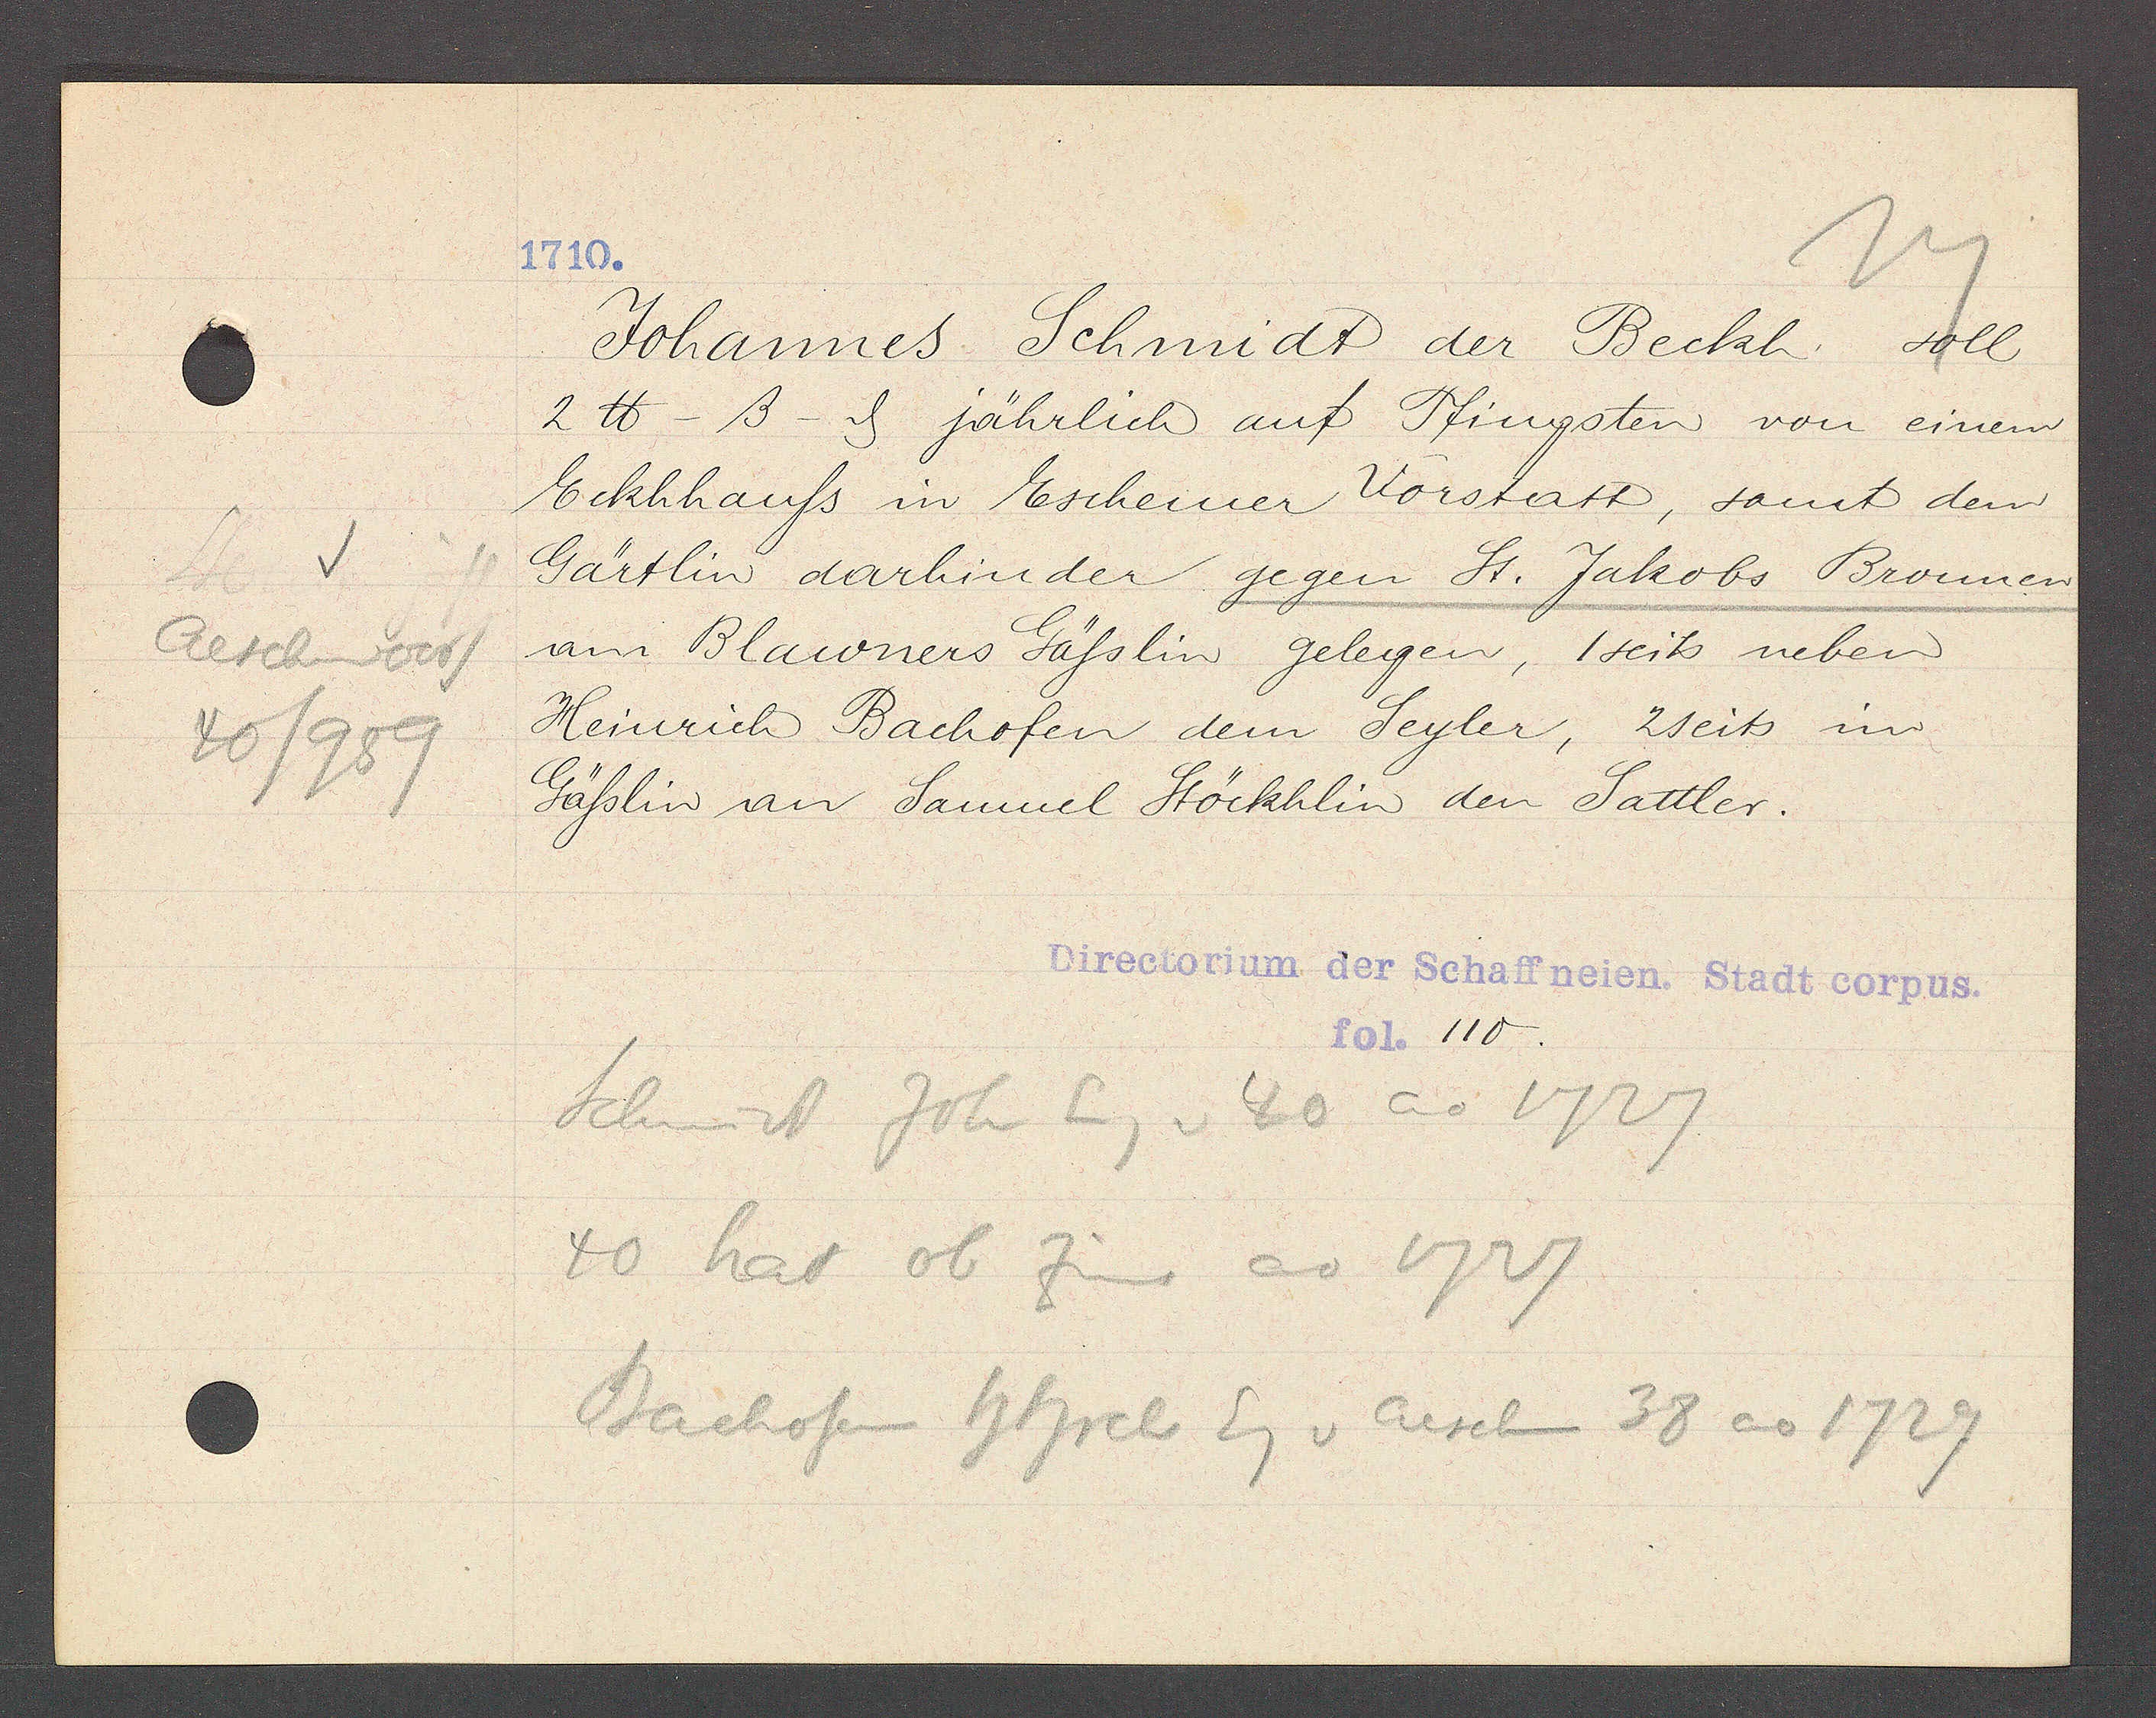
Transcript:
Aeschenvorst
40/989

1710.

Johannes Schmidt der Beckh. soll
2 ℔ -ß- ȡ jährlich auf Pfingsten von einem
Eckhhauss in Eschemer Vorstatt, samt dem
Gärtlin darhinder gegen St. Jakobs Bronnen
am Blawners Gässlin gelegen, 1seits neben
Heinrich Bachofen dem Seyler, 2seits im
Gässlin an Samuel Stöckhlin den Sattler.

Directorium der Schaffneien. Stadt corpus.
fol. 110.

Schmidt Joh Eig v 40 ao 1727
40 hat ob Zins ao 1727
Bachofen hhrch Eg v Aeschen 38 ao 1729